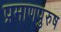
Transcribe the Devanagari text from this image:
प्रमाणपुरुष